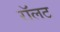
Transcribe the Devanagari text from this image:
रॉलट